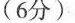
(6分)